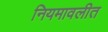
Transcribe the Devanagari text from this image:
नियमावलीत